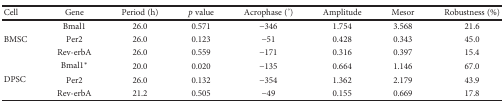
| Cell | Gene | Period (h) | p value | Acrophase (°) | Amplitude | Mesor | Robustness (%) |
 | --- | --- | --- | --- | --- | --- | --- | --- |
 | <ROWSPAN=3> BMSC | Bmal1 | 26.0 | 0.571 | −346 | 1.754 | 3.568 | 21.6 |
 | Per2 | 26.0 | 0.123 | −51 | 0.428 | 0.343 | 45.0 |
 | Rev-erbA | 26.0 | 0.559 | −171 | 0.316 | 0.397 | 15.4 |
 | <ROWSPAN=3> DPSC | Bmal1∗ | 20.0 | 0.020 | −135 | 0.664 | 1.146 | 67.0 |
 | Per2 | 26.0 | 0.132 | −354 | 1.362 | 2.179 | 43.9 |
 | Rev-erbA | 21.2 | 0.505 | −49 | 0.155 | 0.669 | 17.8 |